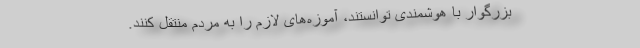
بزرگوار با هوشمندی توانستند، آموزه‌های لازم را به مردم منتقل کنند.